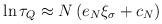
LaTeX: \begin{align*}\ln \tau_Q \approx N \left( e_N \xi_\sigma + c_N \right)\end{align*}